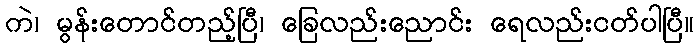
ကဲ၊ မွန်းတောင်တည့်ပြီ၊ ခြေလည်းညောင်း ရေလည်းငတ်ပါပြီ။